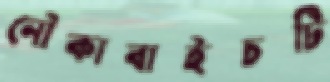
নৌকাবাইচটি